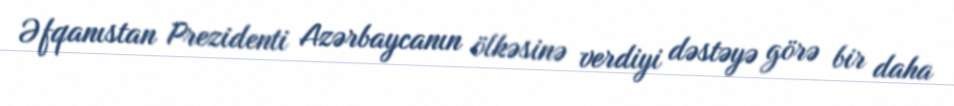
Əfqanıstan Prezidenti Azərbaycanın ölkəsinə verdiyi dəstəyə görə bir daha